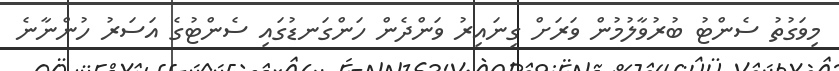
މިވަގުތު ސެންޓު ބުރުވާލުމުން ވަރަށް ގިނައިރު ވަންދެން ހަންގަނޑުގައި ސެންޓުގެ އަސަރު ހުންނާނެ